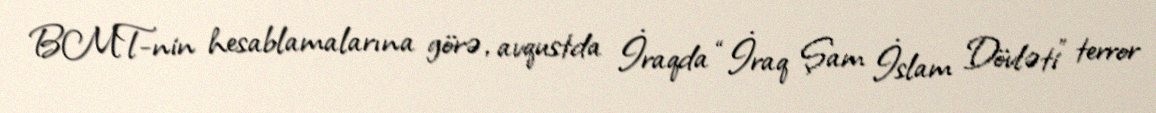
BMT-nin hesablamalarına görə, avqustda İraqda “İraq Şam İslam Dövləti” terror